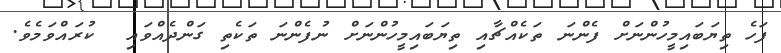
ފަހެ ތިޔަބައިމީހުންނަށް ފެންނަ ތަކެއްޗާއި ތިޔަބައިމީހުންނަށް ނުފެންނަ ތަކެތި ގަންދެއްވައި  ކުރައްވަމެވެ.